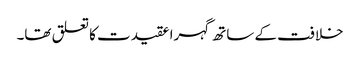
خلافت کے ساتھ گہرا عقیدت کا تعلق تھا۔